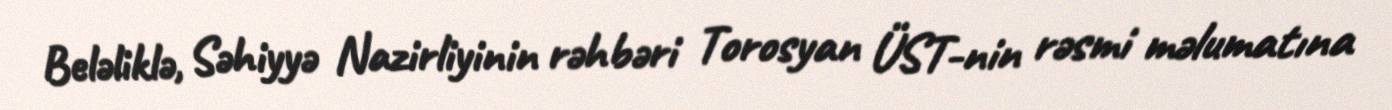
Beləliklə, Səhiyyə Nazirliyinin rəhbəri Torosyan ÜST-nin rəsmi məlumatına